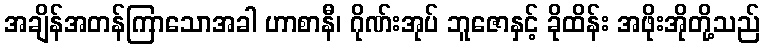
အချိန်အတန်ကြာသောအခါ ဟာစာနီ၊ ဂိုဏ်းအုပ် ဘူဇောနှင့် ခိုထိန်း အဖိုးအိုတို့သည်